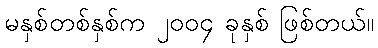
မနှစ်တစ်နှစ်က ၂၀၀၄ ခုနှစ် ဖြစ်တယ်။